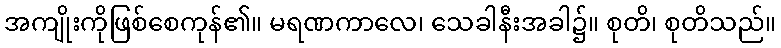
အကျိုးကိုဖြစ်စေကုန်၏။ မရဏကာလေ၊ သေခါနီးအခါ၌။ စုတိ၊ စုတိသည်။